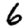
Digit: 6